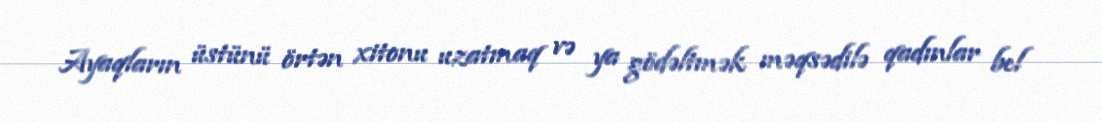
Ayaqların üstünü örtən xitonu uzatmaq və ya gödəltmək məqsədilə qadınlar bel